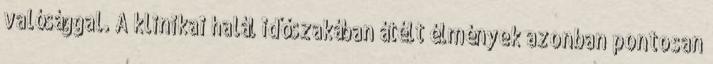
valósággal. A klinikai halál időszakában átélt élmények azonban pontosan